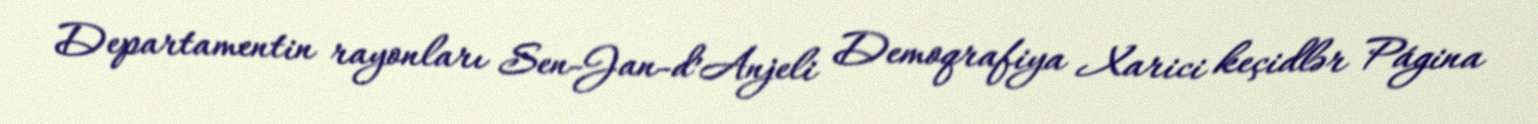
Departamentin rayonları Sen-Jan-d’Anjeli Demoqrafiya Xarici keçidlər Página